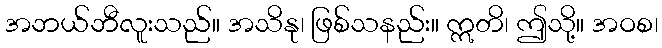
အဘယ်ဘီလူးသည်။ အသိနု၊ ဖြစ်သနည်း။ ဣတိ၊ ဤသို့။ အဝစ၊